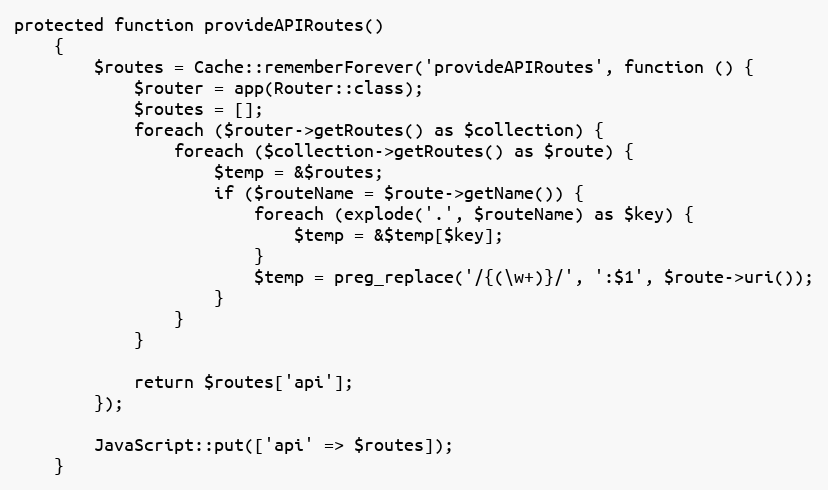
Language: PHP
protected function provideAPIRoutes()
    {
        $routes = Cache::rememberForever('provideAPIRoutes', function () {
            $router = app(Router::class);
            $routes = [];
            foreach ($router->getRoutes() as $collection) {
                foreach ($collection->getRoutes() as $route) {
                    $temp = &$routes;
                    if ($routeName = $route->getName()) {
                        foreach (explode('.', $routeName) as $key) {
                            $temp = &$temp[$key];
                        }
                        $temp = preg_replace('/{(\w+)}/', ':$1', $route->uri());
                    }
                }
            }

            return $routes['api'];
        });

        JavaScript::put(['api' => $routes]);
    }